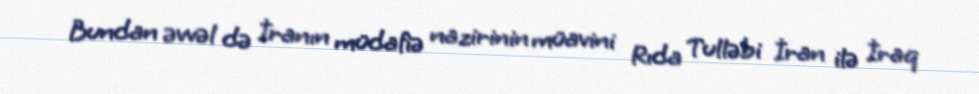
Bundan əvvəl də İranın müdafiə nazirinin müavini Rıda Tulləbi İran ilə İraq